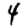
Digit: 4